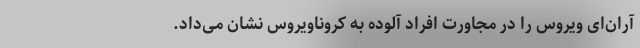
آران‌ای ویروس را در مجاورت افراد آلوده به کروناویروس نشان می‌داد.